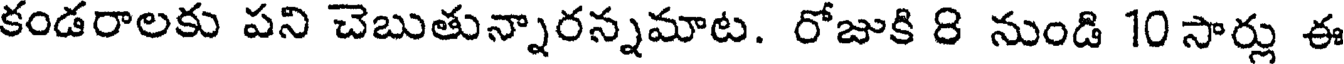
కండరాలకు పని చెబుతున్నారన్నమాట. రోజుకి 8 నుండి 10సార్లు ఈ